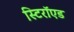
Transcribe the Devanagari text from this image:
स्टिरॉएड